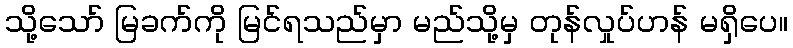
သို့သော် မြခက်ကို မြင်ရသည်မှာ မည်သို့မှ တုန်လှုပ်ဟန် မရှိပေ။